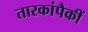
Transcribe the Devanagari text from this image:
तारकांपैकीं